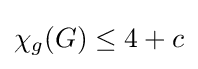
\chi _{g}(G)\leq 4+c